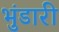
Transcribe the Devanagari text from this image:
भुंडारी